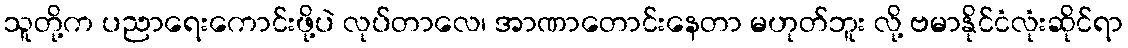
သူတို့က ပညာရေးကောင်းဖို့ပဲ လုပ်တာလေ၊ အာဏာတောင်းနေတာ မဟုတ်ဘူး လို့ ဗမာနိုင်ငံလုံးဆိုင်ရာ